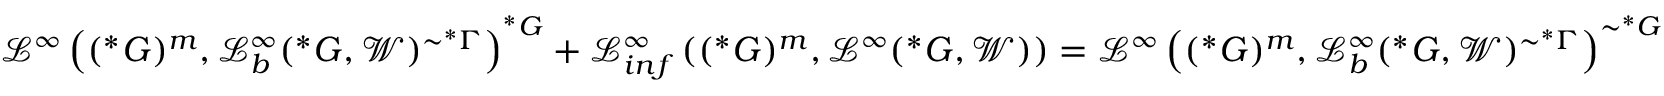
\ensuremath { \mathcal { L } } ^ { \infty } \left( ( ^ { * } G ) ^ { m } , \ensuremath { \mathcal { L } } _ { b } ^ { \infty } ( ^ { * } G , \ensuremath { \mathcal { W } } ) ^ { \sim ^ { * } \Gamma } \right) ^ { ^ { * } G } + \ensuremath { \mathcal { L } } _ { i n f } ^ { \infty } \left( ( ^ { * } G ) ^ { m } , \ensuremath { \mathcal { L } } ^ { \infty } ( ^ { * } G , \ensuremath { \mathcal { W } } ) \right) = \ensuremath { \mathcal { L } } ^ { \infty } \left( ( ^ { * } G ) ^ { m } , \ensuremath { \mathcal { L } } _ { b } ^ { \infty } ( ^ { * } G , \ensuremath { \mathcal { W } } ) ^ { \sim ^ { * } \Gamma } \right) ^ { \sim ^ { * } G }